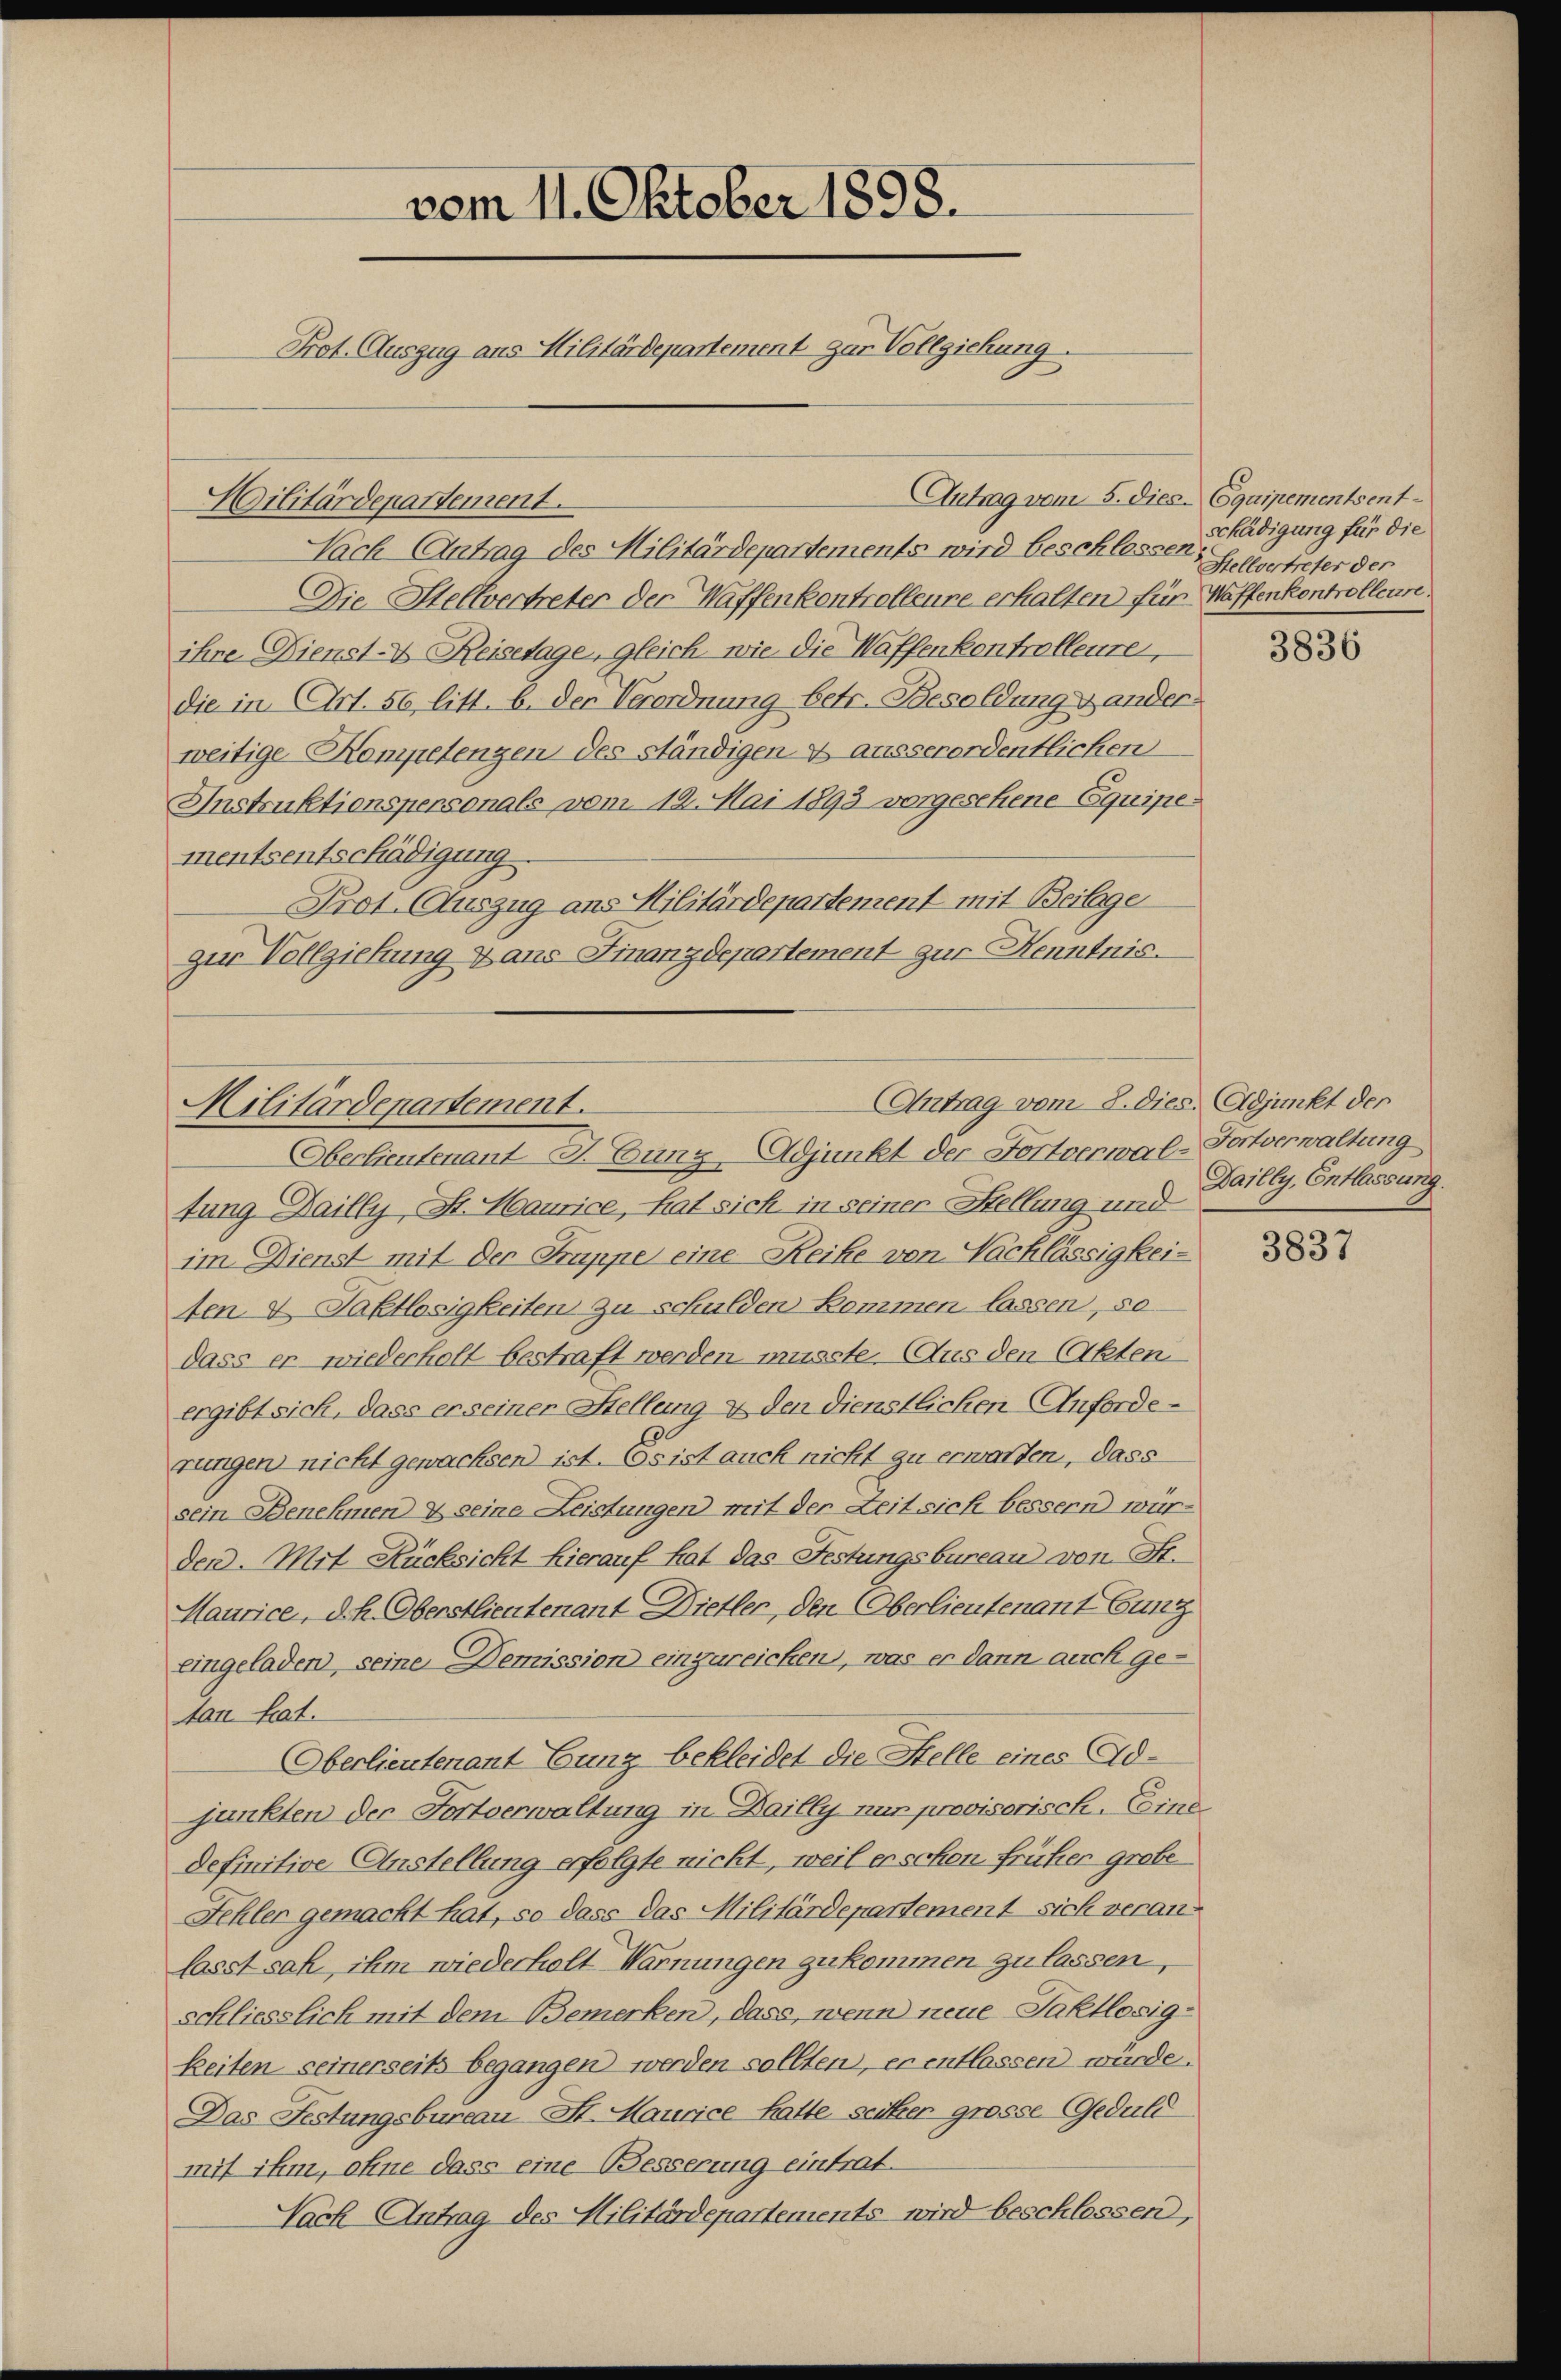
vom 11. Oktober 1858.
Prot. Auszug aus Militärdepartement zur Vollziehung.

Militärdepartement.
Nach Antrag des Militärdepartements wird beschlossen,
Die Stellvertreter der Waffenkontrolleure erhalten für Waffenkontrolleur
ihre Dienst-V. Reisetage, gleich, wie die Waffenkontrolleure
die in Art. 50 litt. b. der Verordnung betr. Besoldung ander
weitige Kompetengen des ständigen ausserordentlichen
Instruktionspersonals vom 19. Mai 1893 vorgesehene Equipementsentschädigung.
Prot. Auszug ans Militärdepartement mit Beilage
zur Vollziehung & aus Finanzdepartement zur Henntnis.

Antrag vom 5. dies. Equipementsent-

(Antrag vom 8. dies. Adjunkt der
Militärdepartement.
Oberlieutenant J. Bung-Adjunkt der Fortverwal-Fortverwaltung

tung Dailly, St. Maurice, hat sich in seiner Stellung und
im Dienst mit der Gruppe eine Reihe von Nachlässigkeiten & Taktlosigkeiten zu schulden kommen lassen, so
dass er wiederholt bestraft werden musste. (Aus den Akten.
ergibt sich, dass er seiner Stellung & den dienstlichen Anfordetungen nicht gewachsen ist. Es ist auch nicht zu erwarten, dass
sein Benehmen & seine Leistungen) mit der Zeit sich bessern würden Mit Rücksicht hierauf hat das Festungsbureau von Fr.
Maurice, d.h. Oberstlieutenant Dietler, den Oberlieutenant Hung
eingeladen, seine Demission einzureicken, was er dann auch ge-
tan hat.
Oberlieutenant Eung bekleidet die Stelle eines Adjunkten der Fortverwaltung in Bailly nur provisorisch. Eine
definitive Anstellung erfolgte nicht, weil er schon früher grobe¬
Fehler gemacht hat, so dass das Militärdepartement sich veran-
lasst sah ihm wiederholt Warnungen zukommen zu lassen,
schliesslich mit dem Bemerken, dass, wenn neue Taktlosigkeiten seinerseits begangen werden sollten, er entlassen würde.
Das Festungsbureau St. Maurice hatte seither grosse Geduld
mit ihm, ohne dass eine Besserung eintrat.
Nach Antrag des Militärdepartements wird beschlossen,

schädigung für die
Stellvertreter der

3836

Dailly, Entlassung.

3837